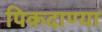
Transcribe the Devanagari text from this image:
पिकदाण्या